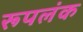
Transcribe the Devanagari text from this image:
रूपलंक